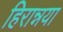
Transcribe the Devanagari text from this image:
हिरान्नया